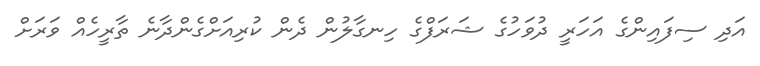
އަދި ސިފައިންގެ އަހަރީ ދުވަހުގެ ޝަރަފްގެ ހިނގާލުން ދެން ކުރިއަށްގެންދާނެ ތާރީހެއް ވަރަށް